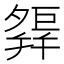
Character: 𢆢